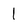
Character: 1